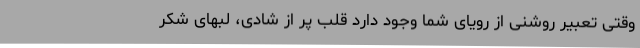
وقتی تعبیر روشنی از رویای شما وجود دارد قلب پر از شادی، لبهای شکر